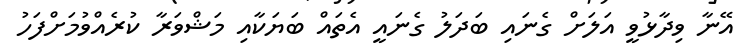
އޭނާ ވިދާޅުވީ އަލަށް ގެނައި ބަދަލު ގެނައީ އެތައް ބަޔަކާއި މަޝްވަރާ ކުރެއްވުމަށްފަހު